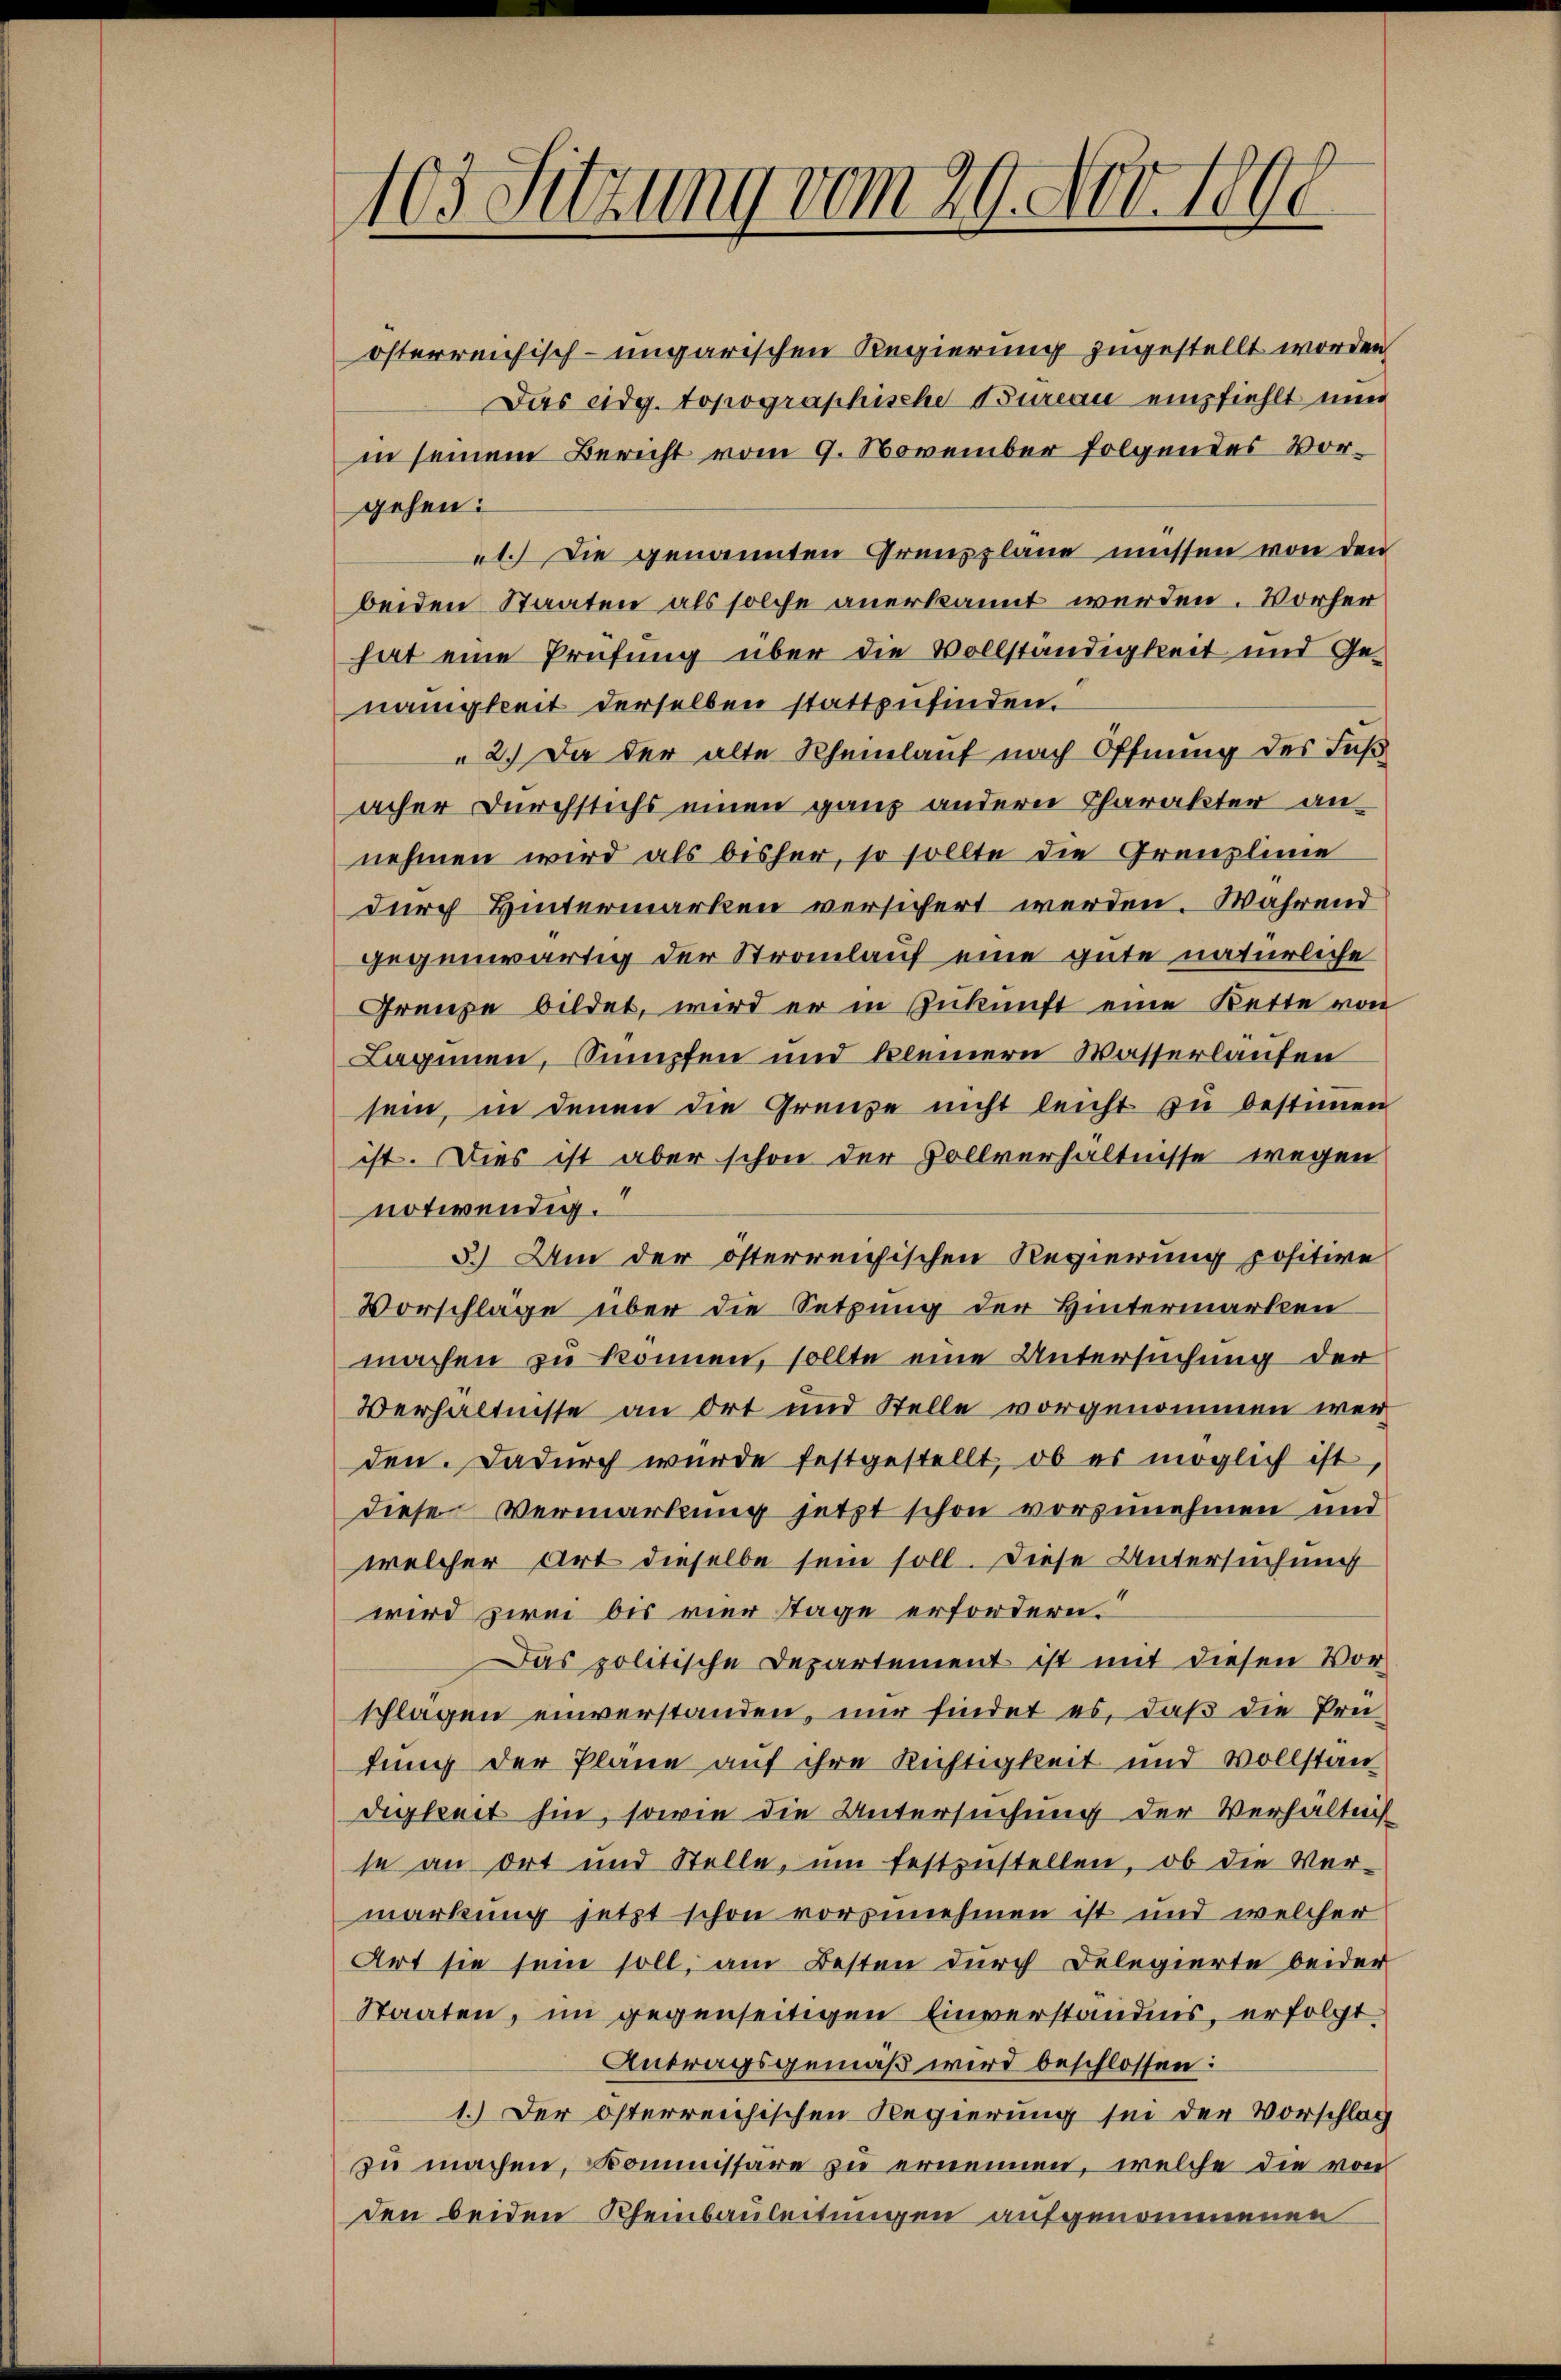
103. Sitzung vom 29. Nov. 1890

österreichisch-ungarischen Regierung zugestellt worden
Das eidg. topographische Bureau empfiehlt nun
in seinem Bericht vom 9. November folgendes Vorgehen:
1.) Die genannten Grenzplane müssen von den
beiden Staaten als solche anerkannt werden. Vorher
hat eine Prüfung über die Vollständigkeit und Genauigkeit derselben stattzufinden.
2.) Da der alte Rheinlauf nach Öffnung des Fuß
acher Durchstichs einen ganz andern Charakter annehmen wird als bisher, so sollte die Grenzlinie
durch Hintermarken versichert werden. Während
gegenwärtig der Stromlauf eine gute natürliche
Grenze bildet, wird er in Zukunft eine Bette von
Lagenen, Sumpfen und kleinern Wasserlaufen
sein, in denen die Grenze nicht leicht zu bestimmen
ist. Dies ist aber schon der Vollverhältnisse wegen
notwendig.
3.) Um der österreichischen Regierung positive
Vorschläge über die Setzung der Hintermarken
machen zu können, sollte eine Untersuchung der
Verhältnisse an Ort und Stelle vorgenommen werden. Dadurch wurde festgestellt, ob es möglich ist
diese Vermarkung jetzt schon vorzunehmen und
welcher Art dieselbe sein soll. Diese Untersuchung
wird zwei bis vier Tage erfordern.
Das politische Departement ist mit diesen Vor
schlagen einverstanden, nur findet es, daß die Prü
tung der Pläne auf ihre Richtigkeit und vollstan
digkeit hin, sowie die Untersuchung der Verhältnis
se an Ort und Stelle, um festzustellen, ob die Ver-
markung jetzt schon vorzunehmen ist und welcher
Art sie sein soll, am Besten durch Delegierte beider
Staaten, im gegenseitigen Einverständnis, erfolgt
Antragsgemäß wird beschlossen:
1.) Der österreichischen Regierung sei der Vorschlag
zu machen, Kommissare zu ernennen, welche die von
den beiden Rheinbauleitungen aufgenommenen